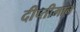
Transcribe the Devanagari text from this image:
दीप्तीमान